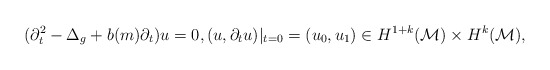
\begin{align*} (\partial_t^2 - \Delta_g+ b(m) \partial_t )u =0, (u, \partial_tu ) \arrowvert_{t=0} = ( u_0, u_1)\in H^{1+k}(\mathcal{M}) \times H^k( \mathcal{M} ), \end{align*}